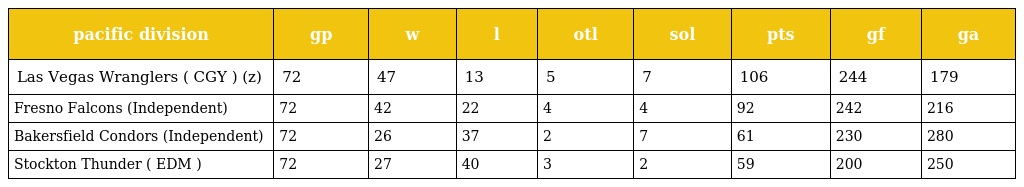
| pacific division | gp | w | l | otl | sol | pts | gf | ga |
 | --- | --- | --- | --- | --- | --- | --- | --- | --- |
 | Las Vegas Wranglers ( CGY ) (z) | 72 | 47 | 13 | 5 | 7 | 106 | 244 | 179 |
 | Fresno Falcons (Independent) | 72 | 42 | 22 | 4 | 4 | 92 | 242 | 216 |
 | Bakersfield Condors (Independent) | 72 | 26 | 37 | 2 | 7 | 61 | 230 | 280 |
 | Stockton Thunder ( EDM ) | 72 | 27 | 40 | 3 | 2 | 59 | 200 | 250 |